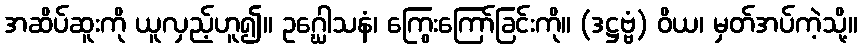
အဆိပ်ဆူးကို ယူလှည့်ဟူ၍။ ဥဂ္ဃေါသနံ၊ ကြွေးကြော်ခြင်းကို။ (ဒဋ္ဌဗ္ဗံ) ဝိယ၊ မှတ်အပ်ကဲ့သို့။